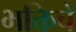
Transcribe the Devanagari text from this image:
भक्तिचे